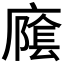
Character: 𱝍